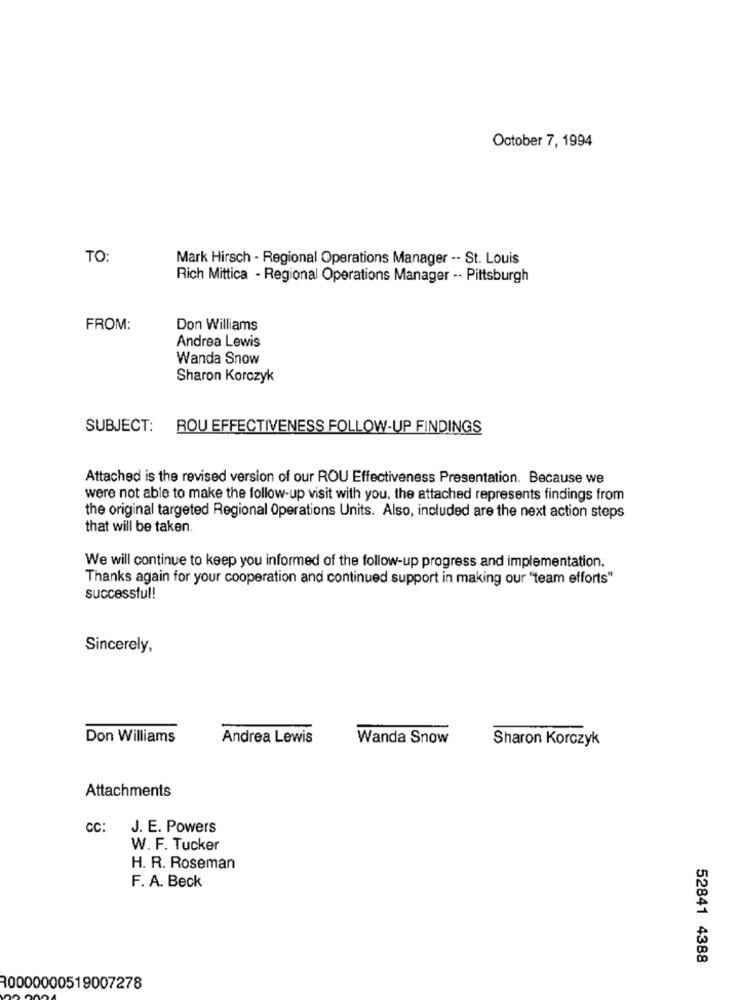
October 7, 1994
TO:
Mark Hirsch - Regional Operations Manager -- St. Louis
Rich Mittica - Regional Operations Manager -- Pittsburgh
FROM:
Don Williams
Andrea Lewis
Wanda Snow
Sharon Korczyk
SUBJECT:
ROU EFFECTIVENESS FOLLOW-UP FINDINGS
Attached is the revised version of our ROU Effectiveness Presentation. Because we
were not able to make the follow-up visit with you, the attached represents findings from
the original targeted Regional Operations Units. Also, included are the next action steps
that will be taken.
We will continue to keep you informed of the follow-up progress and implementation.
Thanks again for your cooperation and continued support in making our "team efforts"
successful!
Sincerely,
Don Williams
Andrea Lewis
Wanda Snow
Sharon Korczyk
Attachments
CC: J. E. Powers
W. F. Tucker
H. R. Roseman
F. A. Beck
52841 4388
10000000519007278